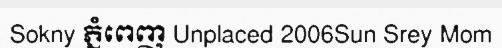
Sokny ភ្នំពេញ Unplaced 2006Sun Srey Mom